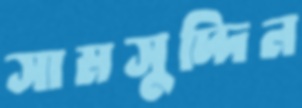
সামসুদ্দিন